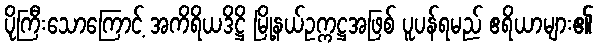
ပိုကြီးသောကြောင့် အကိရိယဒိဋ္ဌိ မြို့နယ်ဥက္ကဋ္ဌအဖြစ် ပူပန်ရမည် ဧရိယာများ၏